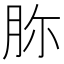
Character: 𦙳